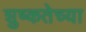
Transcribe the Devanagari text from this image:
शुष्कतेच्या